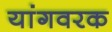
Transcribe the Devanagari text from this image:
यांगवरक